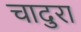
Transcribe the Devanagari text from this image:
चादुरा